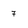
Character: 7